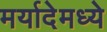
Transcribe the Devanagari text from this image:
मर्यादेमध्ये